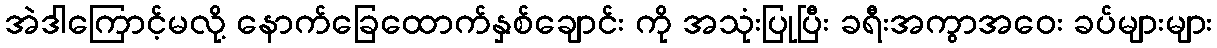
အဲဒါကြောင့်မလို့ နောက်ခြေထောက်နှစ်ချောင်း ကို အသုံးပြုပြီး ခရီးအကွာအဝေး ခပ်များများ